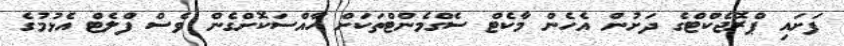
ފަށައި ޕްރޮޖެކްޓްގެ ދަށުން އެހެން މާކެޓް ސެގްމެންޓްތަކަށް ހާއްސަކޮށްގެން ވެސް ފްލެޓް އެޅުމުގެ